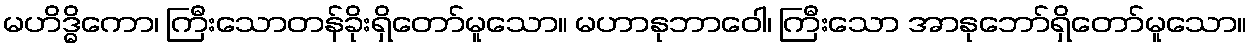
မဟိဒ္ဓိကော၊ ကြီးသောတန်ခိုးရှိတော်မူသော။ မဟာနုဘာဝေါ၊ ကြီးသော အာနုဘော်ရှိတော်မူသော။